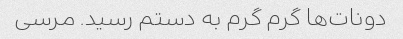
دونات‌ها گرم گرم به دستم رسید. مرسی